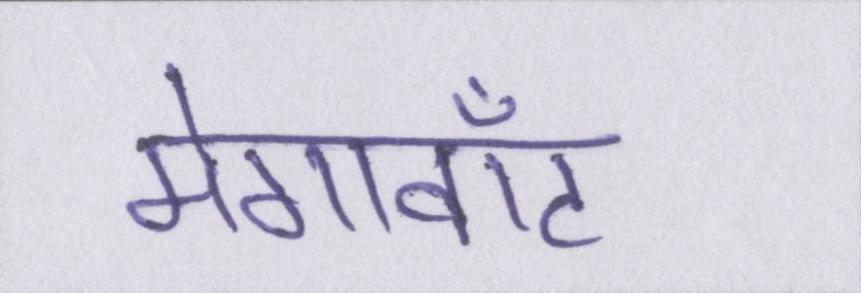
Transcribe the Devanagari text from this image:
मेगावॉट